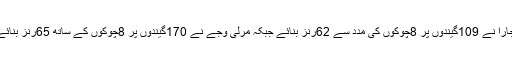
پجارا نے 109گیندوں پر 8چوکوں کی مدد سے 62رنز بنائے جبکہ مرلی وجے نے 170گیندوں پر 8چوکوں کے ساتھ 65رنز بنائے۔